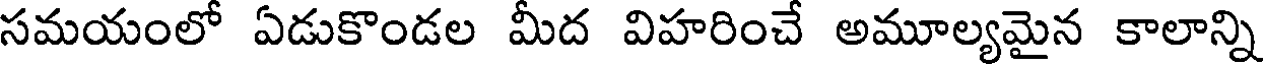
సమయంలో ఏడుకొండల మీద విహరించే అమూల్యమైన కాలాన్ని